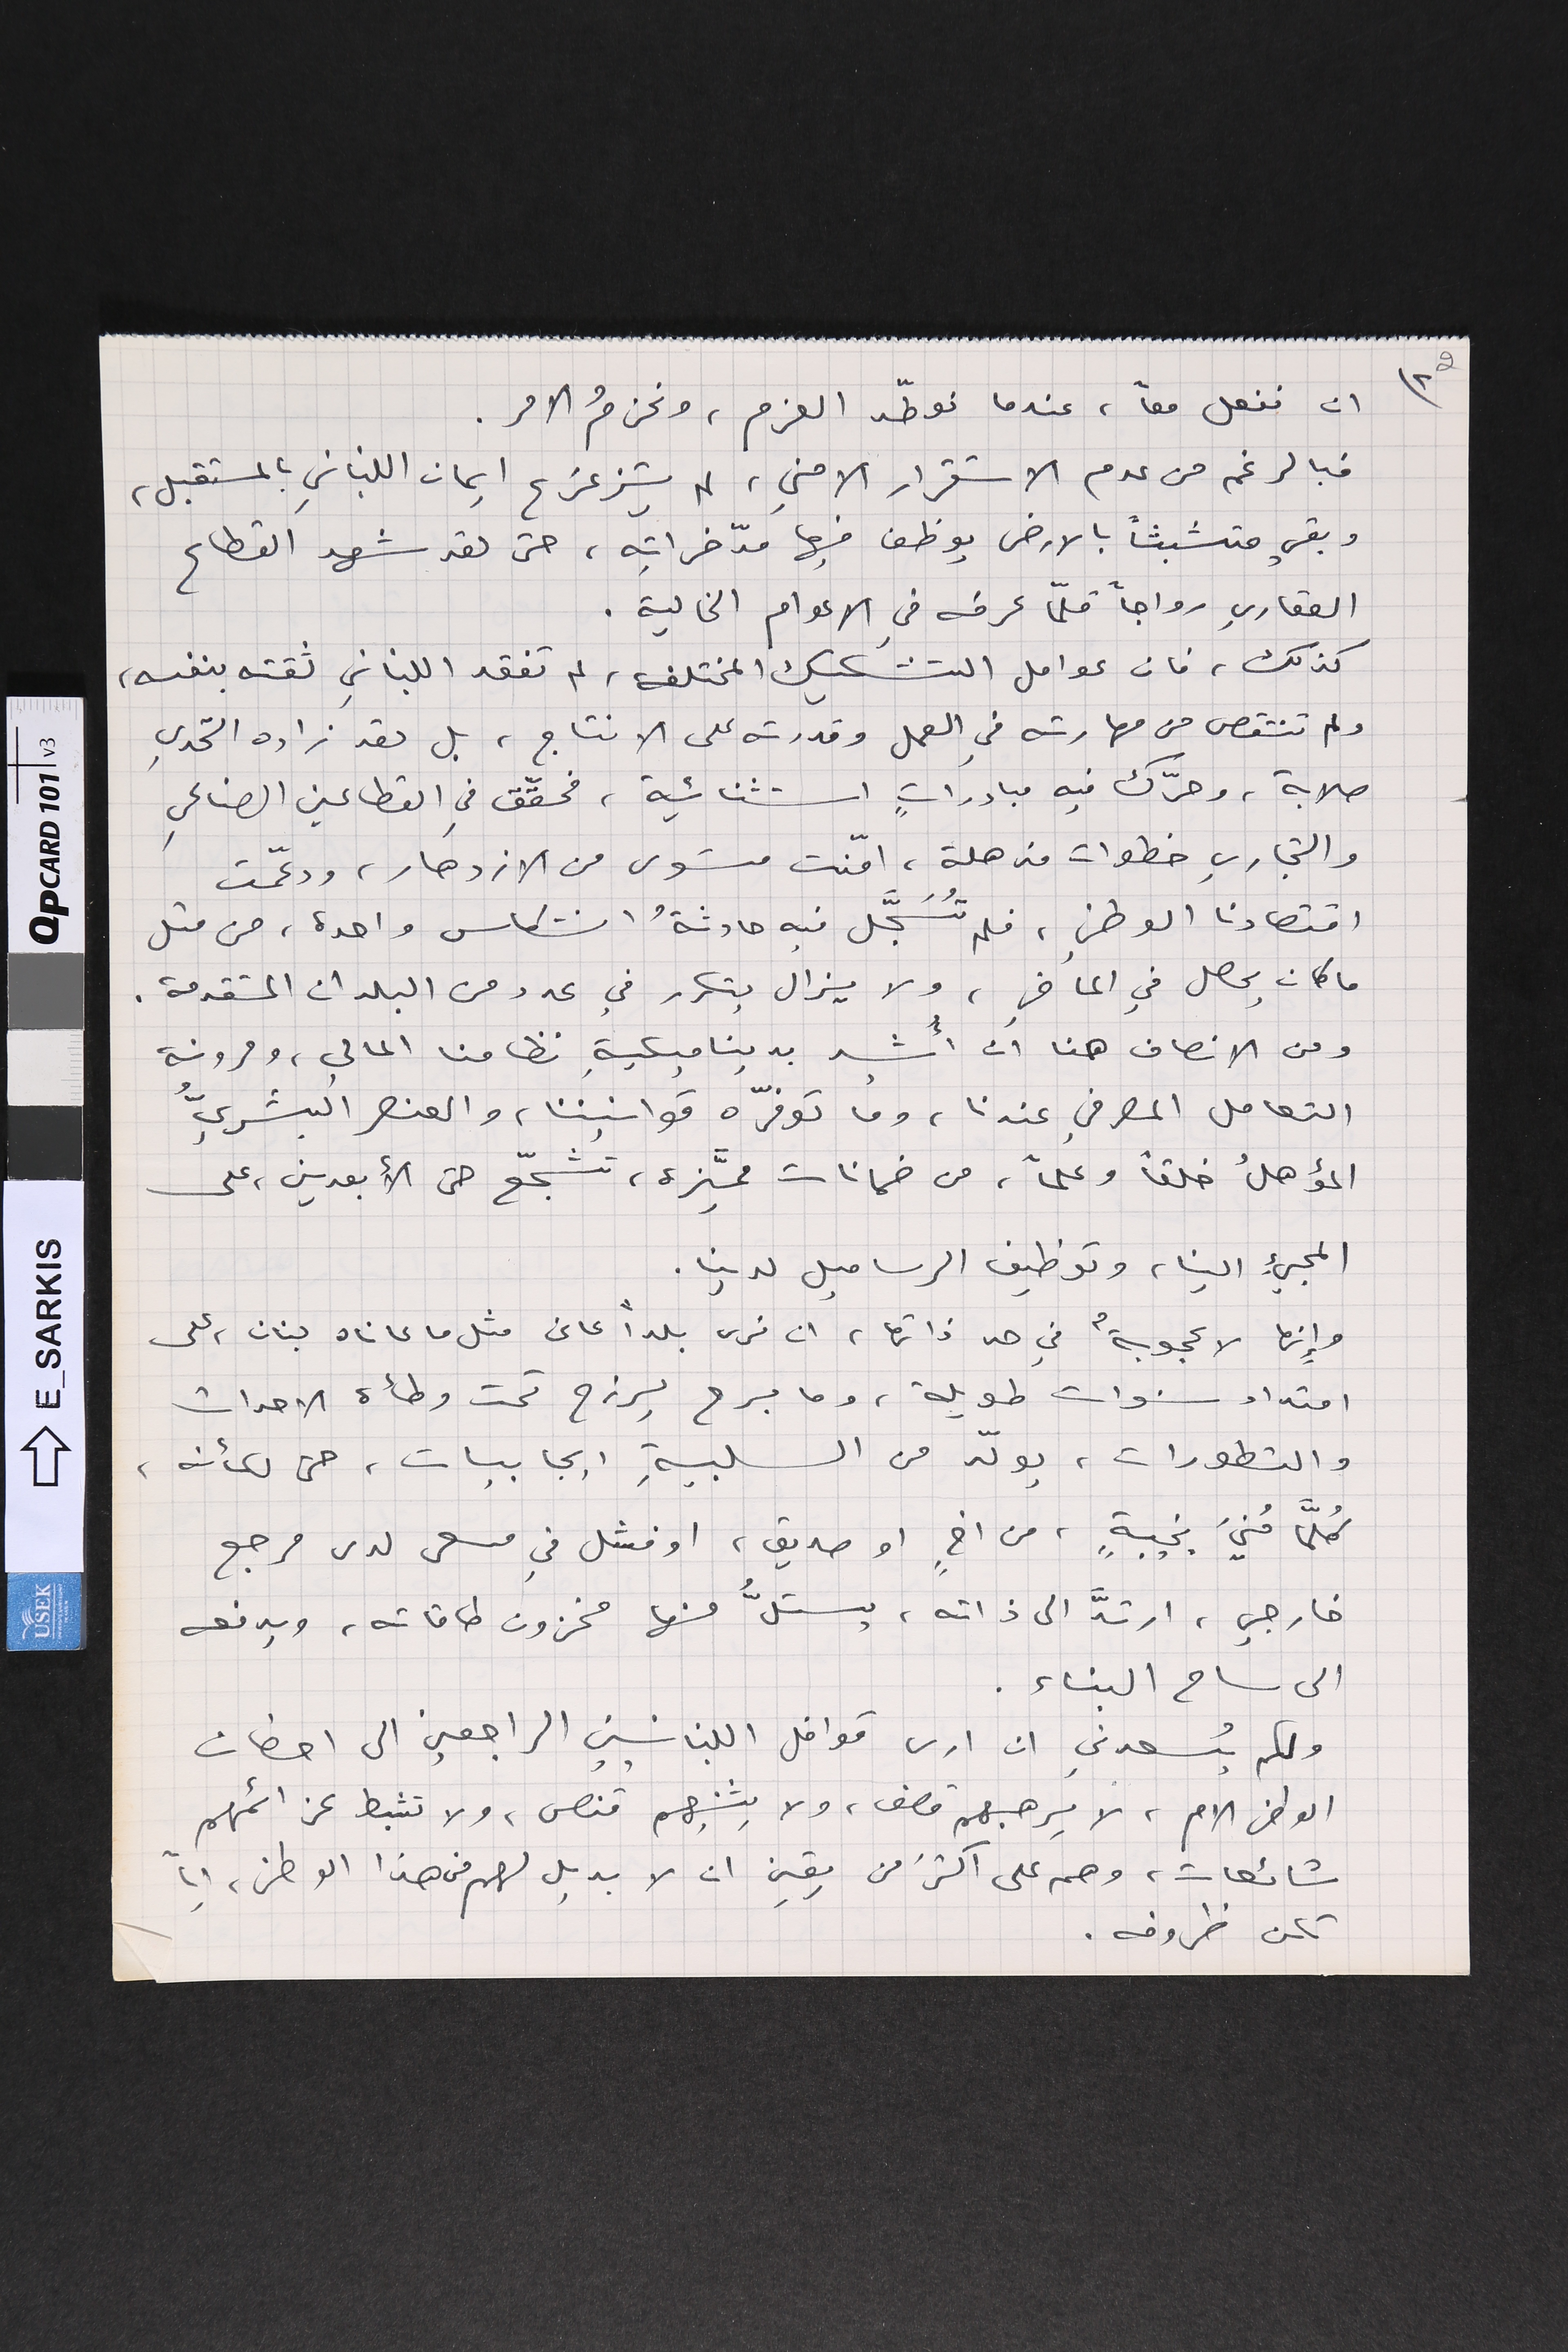
2 ٢) ان نفعل معاً، عندما نوطّد العزم، ونحزمُ الامر.
فبالرغم من عدم الاستقرار الامني، لم يتزعزع ايمان اللبناني بالمستقبل،
وبقي متشبثاً بالارض يوظف فيها مدّخراتِه، حتى لقد شهد القطاع
العقاري رواجاً قلّما عرفه في الاعوام الخالية.
كذلك، فان عوامل التشكيك المختلفة، لم تفقد اللبناني ثقته بنفسه،
ولم تنتقص من مهارته في العمل وقدرته على الانتاج، بل لقد زاده التحدي
صلابة، وحرّك فيه مبادراتٍ استثنائية، فحقّق في القطاعين الصناعي
والتجاري خطوات مذهلة، امّنت مستوى من الازدهار، ودعّمت
اقتصادنا الوطني، فلم تُسَجَّل فيه حادثةُ انتكاس واحدة، من مثل
ما كان يحصل في الماضي، ولا يزال يتكرر في عدد من البلدان المتقدمة.
ومن الانصاف هنا ان أُشيد بديناميكية نظامنا المالي، ومرونة
التعامل المصرفي عندنا، وما توفّره قوانيننا، والعنصر البشريُّ
المؤهلُ خلقاً وعلماً، من ضمانات مميَّزة، تشجّع حتى الأبعدين، على
المجيء الينا، وتوظيف الرساميل لدينا.
وإنها لاعجوبةٌ في حد ذاتها، ان نرى بلداً عانى مثل ما عاناه لبنان، على
امتداد سنوات طويلة، وما برح يرزح تحت وطأة الاحداث
والتطورات، يولّد من السلبيةِ ايجابيات، حتى لكأنه،
كُلَّما مُنيَ بخيبةٍ، من اخٍ او صديق، او فشل في مسعى لدى مرجع
خارجي، ارتدَّ الى ذاته، يستلُّ منها مخزون طاقاته، ويدفعه
الى ساح البناء.
ولكم يُسعدني ان ارى قوافل اللبنانيين الراجعين الى احضان
الوطن الام، لا يرهبهم قصف، ولا يثنيهم قنص، ولا تثبط عزائمهم
شائعات، وهم على أكثرُ من يقين ان لا بديل لهم من هذا الوطن، اياً
تكن ظروفه.